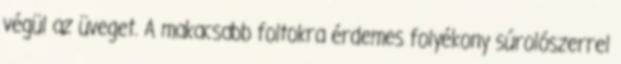
végül az üveget. A makacsabb foltokra érdemes folyékony súrolószerrel